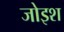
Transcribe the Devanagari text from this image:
जोइश